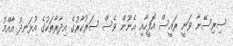
ސިރިސޭނާ ވަނީ ރައީސް އޮފީހާއި އެނޫން ވެސް ސަރުކާރުގެ އިދާރާތަކުގެ އުޅަނދު އާއްމު